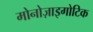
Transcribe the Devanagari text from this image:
मोनोज़ाइगोटिक